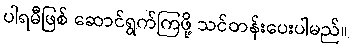
ပါရမီဖြစ် ဆောင်ရွက်ကြဖို့ သင်တန်းပေးပါမည်။